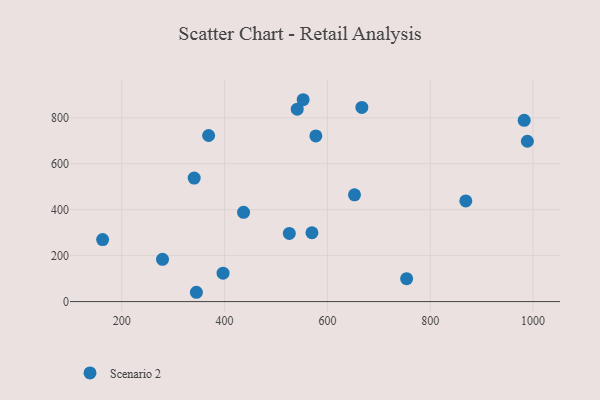
{"axis": {"x": "Distance", "y": "Fuel Efficiency"}, "legend": ["Scenario 2"], "data": [{"x": "541.3", "y": 837.8, "type": "Scenario 2"}, {"x": "525.9", "y": 296.7, "type": "Scenario 2"}, {"x": "340.8", "y": 537.8, "type": "Scenario 2"}, {"x": "577.5", "y": 721.0, "type": "Scenario 2"}, {"x": "869.2", "y": 438.1, "type": "Scenario 2"}, {"x": "652.7", "y": 464.6, "type": "Scenario 2"}, {"x": "552.8", "y": 878.8, "type": "Scenario 2"}, {"x": "397.0", "y": 123.5, "type": "Scenario 2"}, {"x": "279.2", "y": 184.0, "type": "Scenario 2"}, {"x": "989.0", "y": 698.0, "type": "Scenario 2"}, {"x": "345.1", "y": 40.5, "type": "Scenario 2"}, {"x": "569.9", "y": 299.7, "type": "Scenario 2"}, {"x": "667.0", "y": 845.2, "type": "Scenario 2"}, {"x": "436.9", "y": 388.4, "type": "Scenario 2"}, {"x": "982.8", "y": 788.9, "type": "Scenario 2"}, {"x": "368.9", "y": 723.0, "type": "Scenario 2"}, {"x": "754.1", "y": 99.8, "type": "Scenario 2"}, {"x": "162.7", "y": 269.8, "type": "Scenario 2"}]}